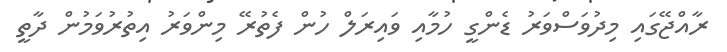
ރާއްޖޭގައި މިދުވަސްވަރު ޑެންގީ ހުމާއި ވައިރަލް ހުން ފެތުރޭ މިންވަރު އިތުރުވަމުން ދާތީ